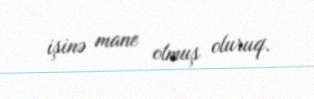
işinə mane olmuş oluruq.